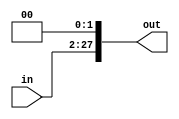
module shift26_28(in,out);
input [25:0] in;
output [27:0] out;

assign out = in << 2;

endmodule

module shift32_32(in,out);
input [31:0] in;
output [31:0] out;

assign out = in << 2;

endmodule